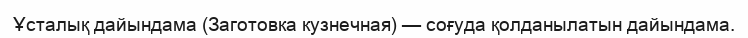
Ұсталық дайындама (Заготовка кузнечная) — соғуда қолданылатын дайындама.